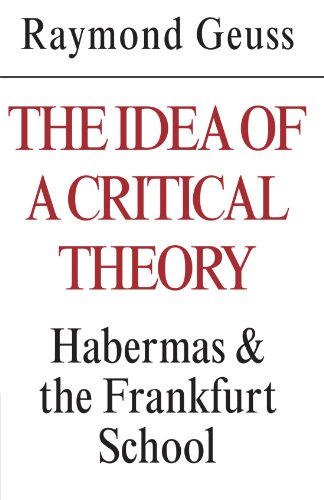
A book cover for The Idea of a Critical Theory: Habermas and the Frankfurt School (Modern European Philosophy); Raymond Geuss; Politics & Social Sciences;